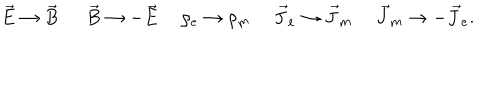
\vec { E } \rightarrow \vec { B } \vec { B } \rightarrow - \vec { E } ~ ~ \rho _ { e } \rightarrow \rho _ { m } ~ ~ \vec { J } _ { e } \rightarrow \vec { J } _ { m } ~ ~ \vec { J } _ { m } \rightarrow - \vec { J } _ { e } .